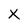
Character: x